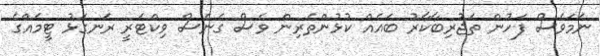
ނަމަވެސް ފަހުން ތަޖުރިބާކާރު ބައެއް ކުޅުންތެރިން ވެސް ގެނެސް ވިކްޓަރީ ރަނގަޅު ޓީމެއްގެ